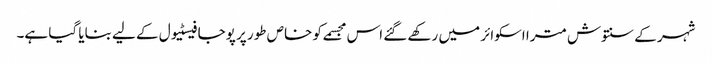
شہر کے سنتوش مترا اسکوائر میں رکھے گئے اس مجسمے کو خاص طور پر پوجا فیسٹیول کے لیے بنایا گیا ہے۔